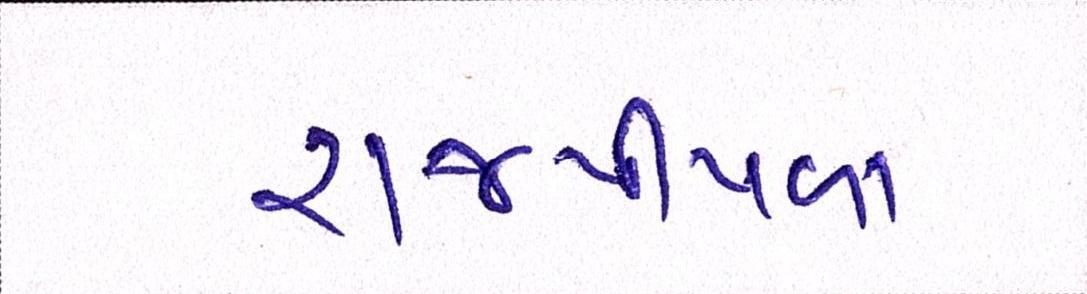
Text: રાજપીપળા